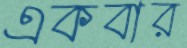
একবার